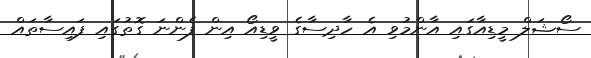
ސޯޝަލް މީޑިއާގައި އާންމުވި އެ ހާދިސާގެ ވީޑިއޯ އިން ފެންނަ ގޮތުގައި ފައިސާތައް